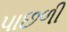
પાછળી